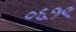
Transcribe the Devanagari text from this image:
०६१९